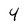
Character: 4